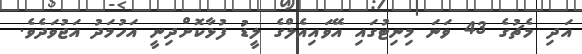
އަދި މެޗުގެ 43 ވަނަ މިނިޓުގައި އޭވައިއެލްގެ ލީޑު ފުޅާކޮށްދިނީ އަހުމަދު އަޖުވަދެވެ.